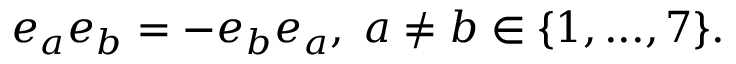
e _ { a } e _ { b } = - e _ { b } e _ { a } , \; a \ne b \in \{ 1 , . . . , 7 \} .